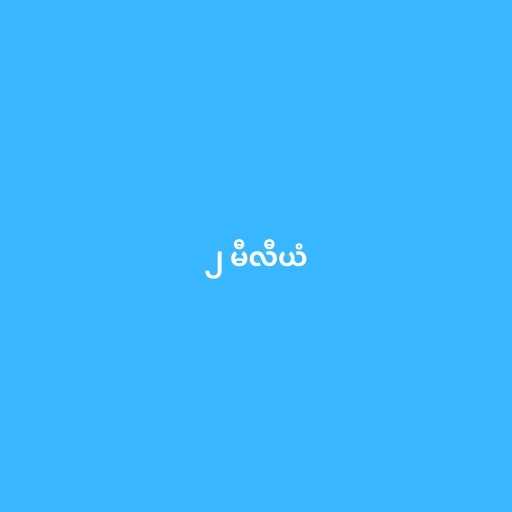
၂ မီလီယံ